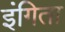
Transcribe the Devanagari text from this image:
इंगिता